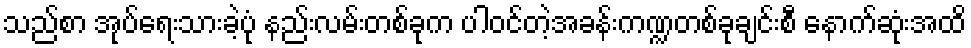
သည်စာ အုပ်ရေးသားခဲ့ပုံ နည်းလမ်းတစ်ခုက ပါဝင်တဲ့အခန်းကဏ္ဍတစ်ခုချင်းစီ နောက်ဆုံးအထိ